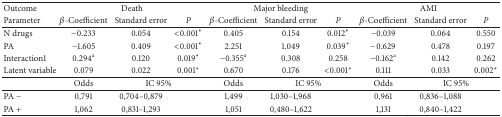
<table><thead><tr><td><b>Outcome</b></td><td colspan="3"><b>Death</b></td><td colspan="3"><b>Major bleeding</b></td><td colspan="3"><b>AMI</b></td></tr><tr><td><b>Parameter</b></td><td><b><i>β</i>-Coefficient</b></td><td><b>Standard error</b></td><td><b><i>P </i></b></td><td><b><i>β</i>-Coefficient</b></td><td><b>Standard error</b></td><td><b><i>P </i></b></td><td><b><i>β</i>-Coefficient</b></td><td><b>Standard error</b></td><td><b><i>P </i></b></td></tr></thead><tbody><tr><td>N drugs</td><td>−0.233</td><td>0.054</td><td>&lt;0.001*</td><td>0.405</td><td>0.154</td><td>0.012*</td><td>−0.039</td><td>0.064</td><td>0.550</td></tr><tr><td>PA</td><td>−1.605</td><td>0.409</td><td>&lt;0.001*</td><td>2.251</td><td>1.049</td><td>0.039*</td><td>−0.629</td><td>0.478</td><td>0.197</td></tr><tr><td>Interaction1</td><td>0.294<sup>a</sup></td><td>0.120</td><td>0.019*</td><td>−0.355<sup>a</sup></td><td>0.308</td><td>0.258</td><td>−0.162<sup>a</sup></td><td>0.142</td><td>0.262</td></tr><tr><td>Latent variable</td><td>0.079</td><td>0.022</td><td>0.001*</td><td>0.670</td><td>0.176</td><td>&lt;0.001*</td><td>0.111</td><td>0.033</td><td>0.002*</td></tr><tr><td> </td><td>Odds</td><td colspan="2">IC 95%</td><td>Odds</td><td colspan="2">IC 95%</td><td>Odds</td><td colspan="2">IC 95%</td></tr><tr><td>PA −</td><td>0,791</td><td>0,704–0,879</td><td> </td><td>1,499</td><td>1,030–1,968</td><td> </td><td>0,961</td><td>0,836–1,088</td><td> </td></tr><tr><td>PA +</td><td>1,062</td><td>0,831–1,293</td><td> </td><td>1,051</td><td>0,480–1,622</td><td> </td><td>1,131</td><td>0,840–1,422</td><td> </td></tr></tbody></table>